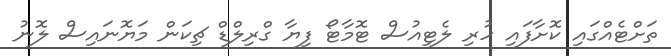
ތަށްޓެއްގައި ކޮށާފައި ހުރި ލެޓިއުސް ޓޮމާޓޯ ފިޔާ ގްރިލްޑް ޗިކަން މަޔޮނައިސް ލޮނު